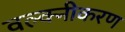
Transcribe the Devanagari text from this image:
वल्क्नीकरण